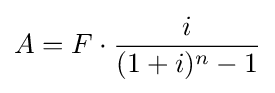
A=F\cdot {\frac {i}{(1+i)^{n}-1}}